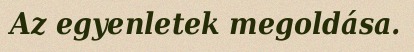
Az egyenletek megoldása.